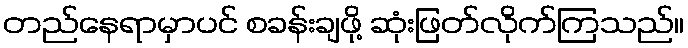
တည်နေရာမှာပင် စခန်းချဖို့ ဆုံးဖြတ်လိုက်ကြသည်။